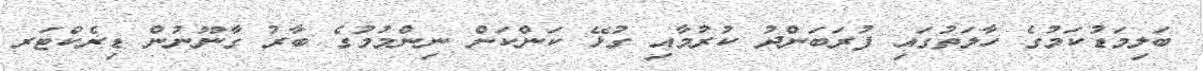
ބަލިމަޑުކަމުގެ ހާލަތުގައި ފުރަބަންދު ކުރުމާއި ގުޅޭ ކަންކަން ނިންމުމުގެ ބާރު ގާނޫނުން ޑިރެކްޓަރ